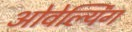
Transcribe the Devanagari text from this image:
ओवेर्ल्यिंग